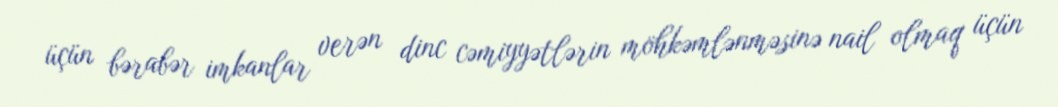
üçün bərabər imkanlar verən dinc cəmiyyətlərin möhkəmlənməsinə nail olmaq üçün